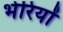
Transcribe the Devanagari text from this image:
भेरियों